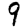
Digit: 9